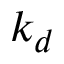
k _ { d }